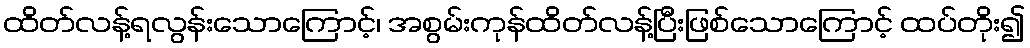
ထိတ်လန့်ရလွန်းသောကြောင့်၊ အစွမ်းကုန်ထိတ်လန့်ပြီးဖြစ်သောကြောင့် ထပ်တိုး၍